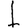
Digit: 1